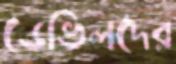
ডেভিলদের